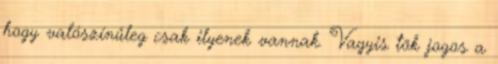
hogy valószínűleg csak ilyenek vannak. Vagyis tök jogos a